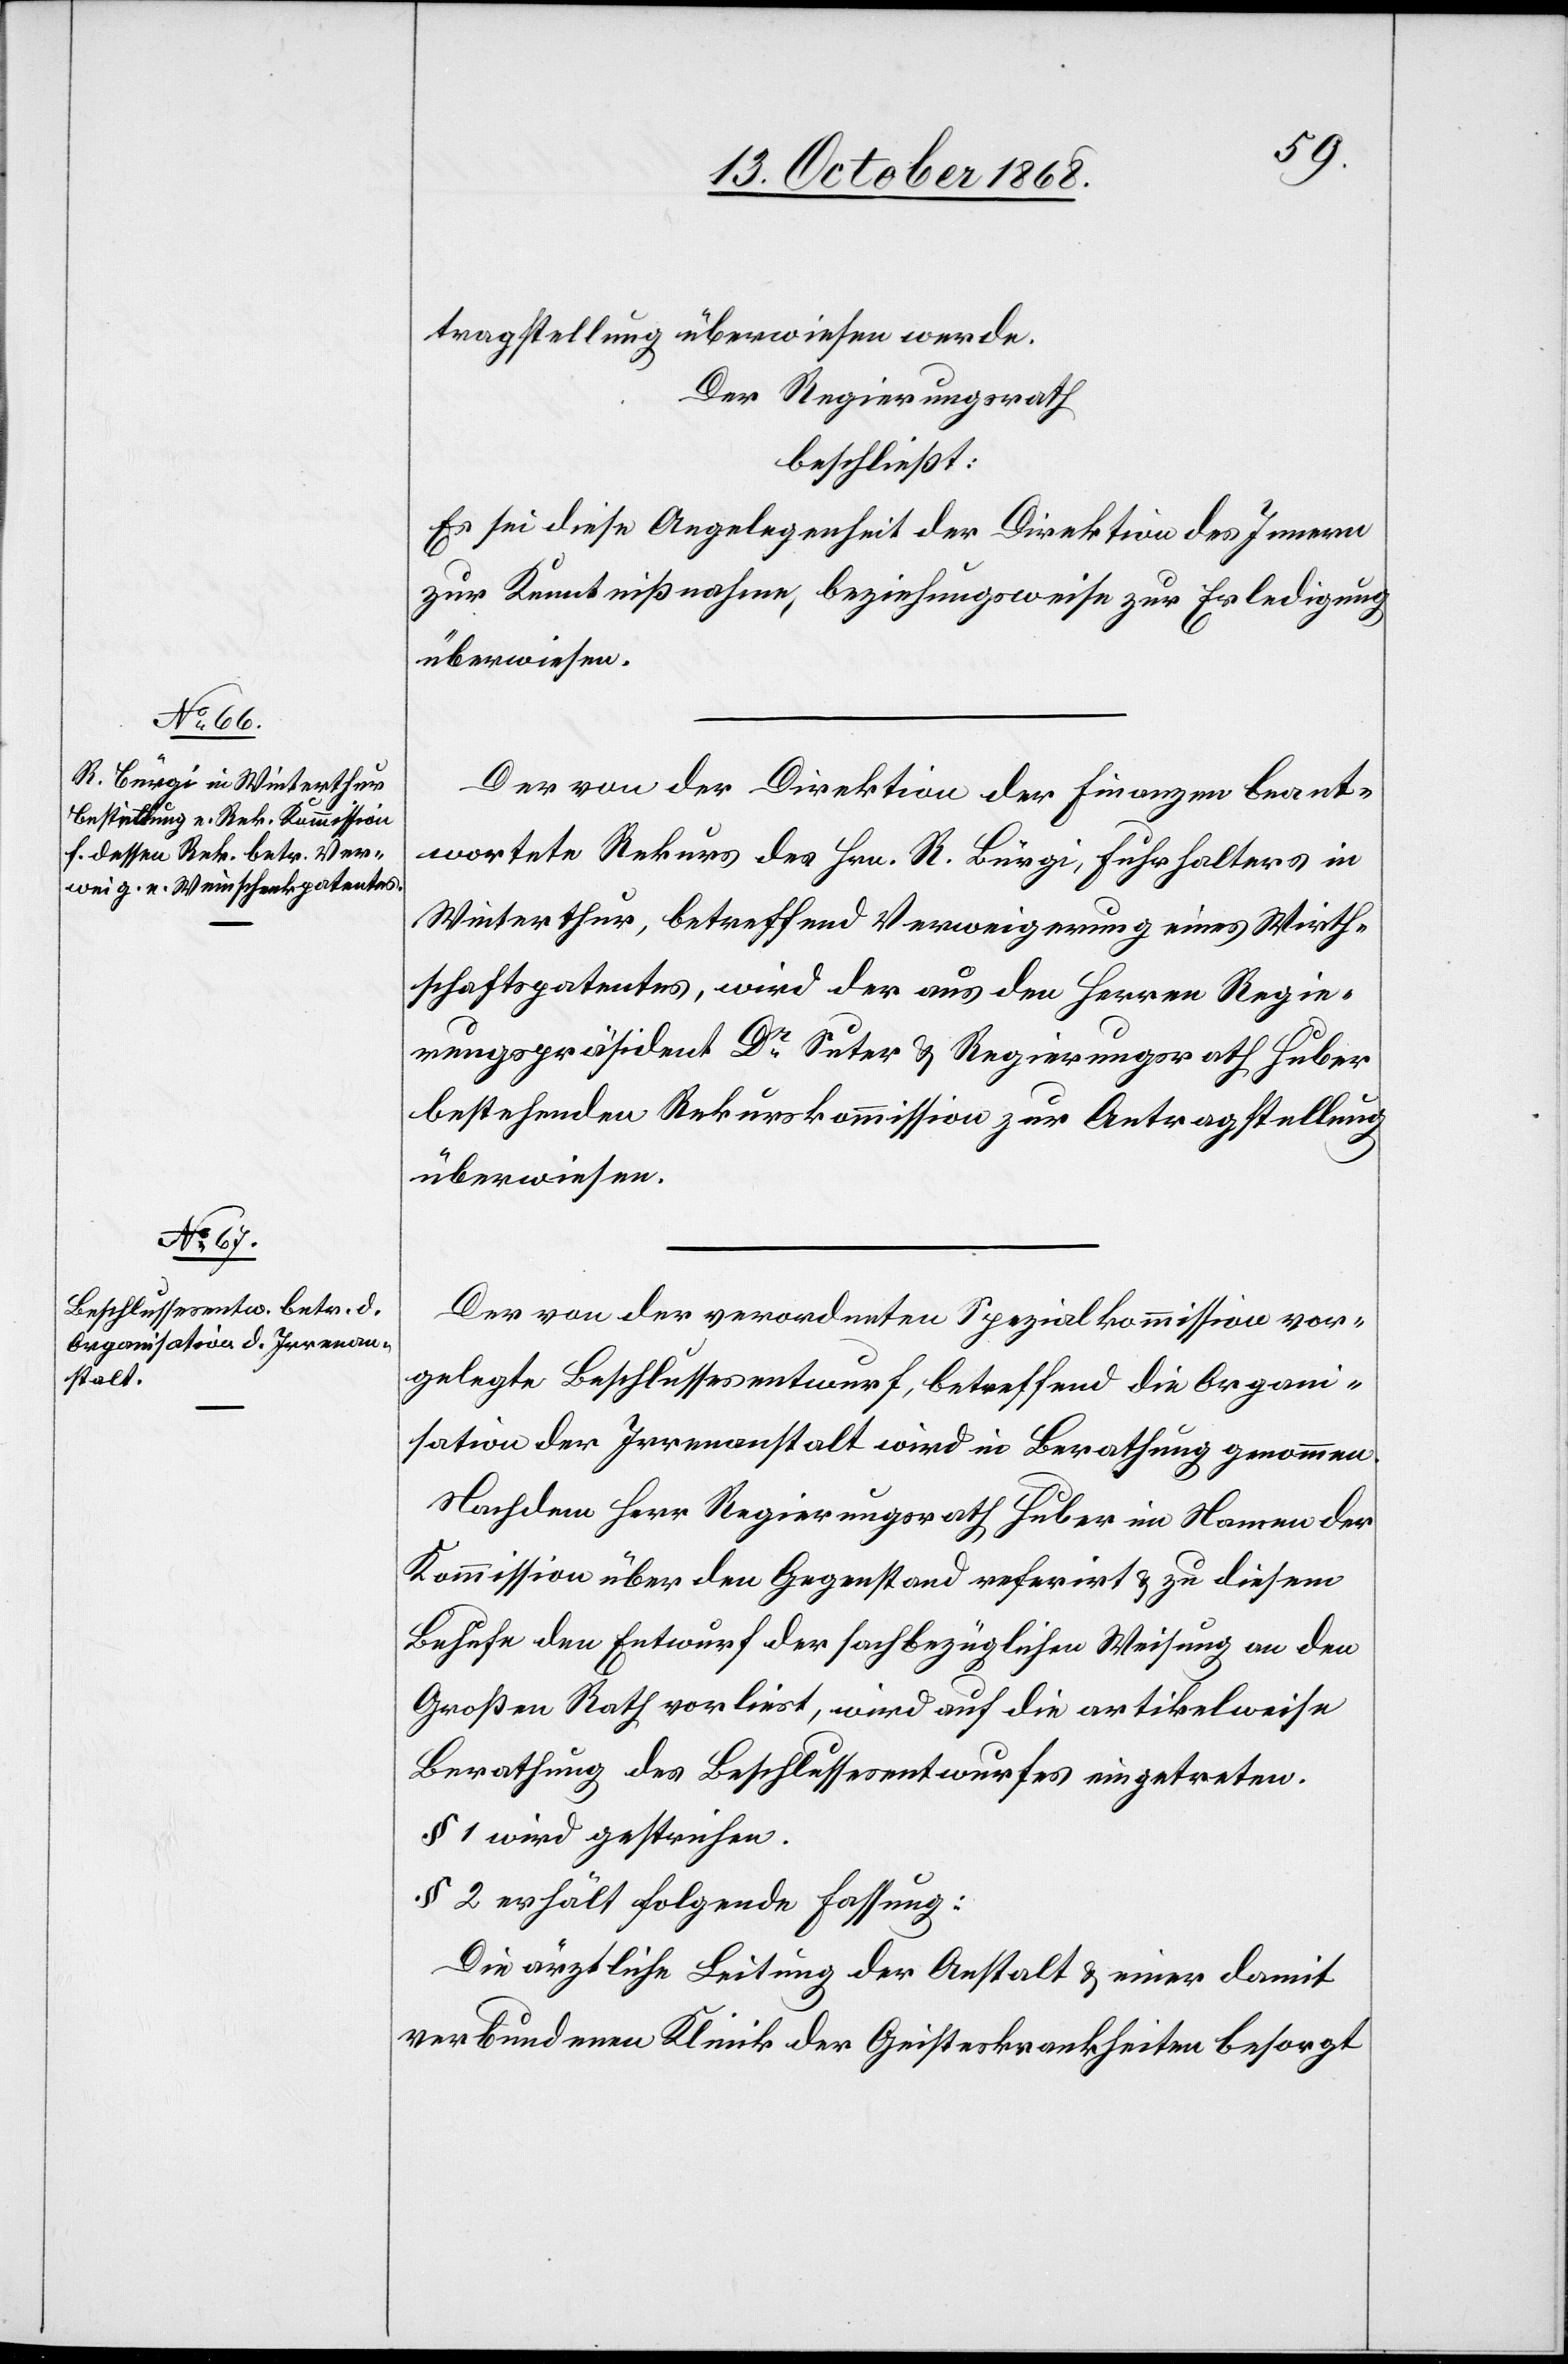
tragstellung überwiesen werde.
Der Regierungsrath
beschließt:
Es sei diese Angelegenheit der Direktion des Innern
zur Kenntnißnahme, beziehungsweise zur Erledigung
überwiesen.
Der von der Direktion der Finanzen beant¬
wortete Rekurs des Hrn. R. Bürgi, Fuhrhalters in
Winterthur, betreffend Verweigerung eines Wirth¬
schaftspatentes, wird der aus den Herren Regie¬
rungspräsident Dr Suter & Regierungsrath Huber
bestehenden Rekurskommission zur Antragstellung
überwiesen.
Der von der verordneten Spezialkommission vor¬
gelegte Beschlussesentwurf, betreffend die Organi¬
sation der Irrenanstalt wird in Berathung genommen.
Nachdem Herr Regierungsrath Huber im Namen der
Kommission über den Gegenstand referirt & zu diesem
Behufe den Entwurf der sachbezüglichen Weisung an den
Großen Rath vorliest, wird auf die artikelweise
Berathung des Beschlussesentwurfes eingetreten.
§ 1 wird gestrichen.
§ 2 erhält folgende Fassung:
Die ärztliche Leitung der Anstalt & einer damit
verbundenen Klinik der Geisteskrankheiten besorgt